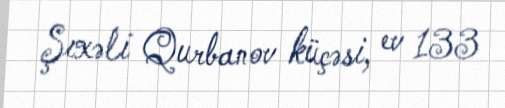
Şıxəli Qurbanov küçəsi, ev 133